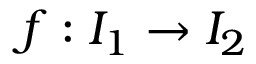
f : I _ { 1 } \to I _ { 2 }